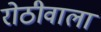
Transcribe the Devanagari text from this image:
रोठीवाला